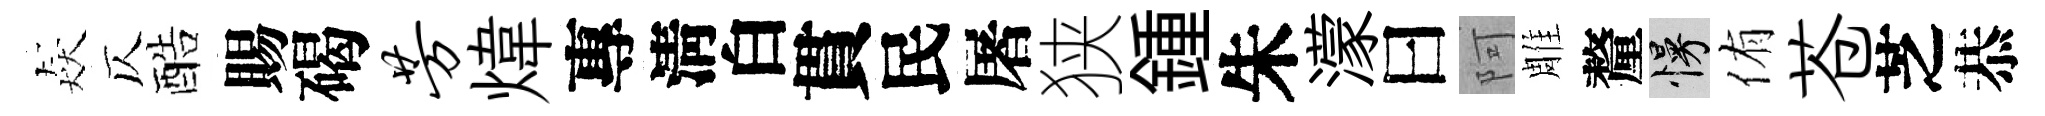
猋仄酷賜碣芳煒專淸白貫民屠狭鍾朱濛曰阿雕釐慢侑苍芝恭